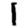
Digit: 1